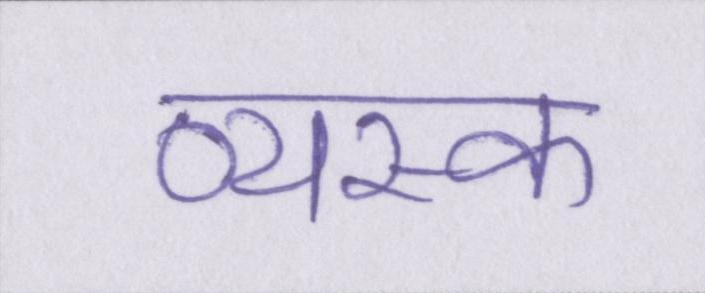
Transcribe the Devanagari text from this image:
व्यस्क